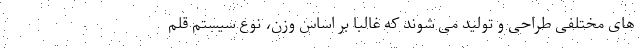
های مختلفی طراحی و تولید می شوند که غالبا بر اساس وزن، نوع سیستم قلم